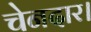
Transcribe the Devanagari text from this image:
चेनदार।